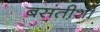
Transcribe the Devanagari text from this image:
बसंतीशी